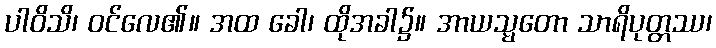
ပါဝိသိ၊ ဝင်လေ၏။ အထ ခေါ၊ ထိုအခါ၌။ အာယသ္မတော သာရိပုတ္တဿ၊